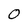
Character: 0